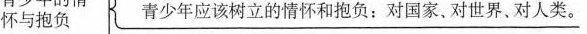
怀与抱负青少年应该树立的情怀和抱负：对国家、对世界。对人类。